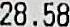
28.58